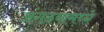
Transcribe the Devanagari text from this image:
अंगठयामध्ये